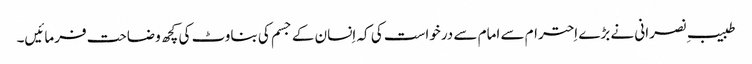
طبیبِ نصرانی نے بڑے اِحترام سے امام سے درخواست کی کہ اِنسان کے جسم کی بناوٹ کی کچھ وضاحت فرمائیں۔